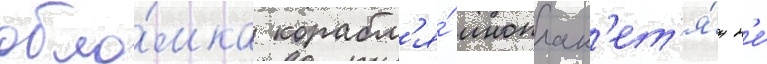
обло́мка корабл'я́ иноплан'ет'я́н н'е́